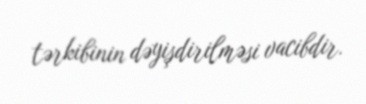
tərkibinin dəyişdirilməsi vacibdir.